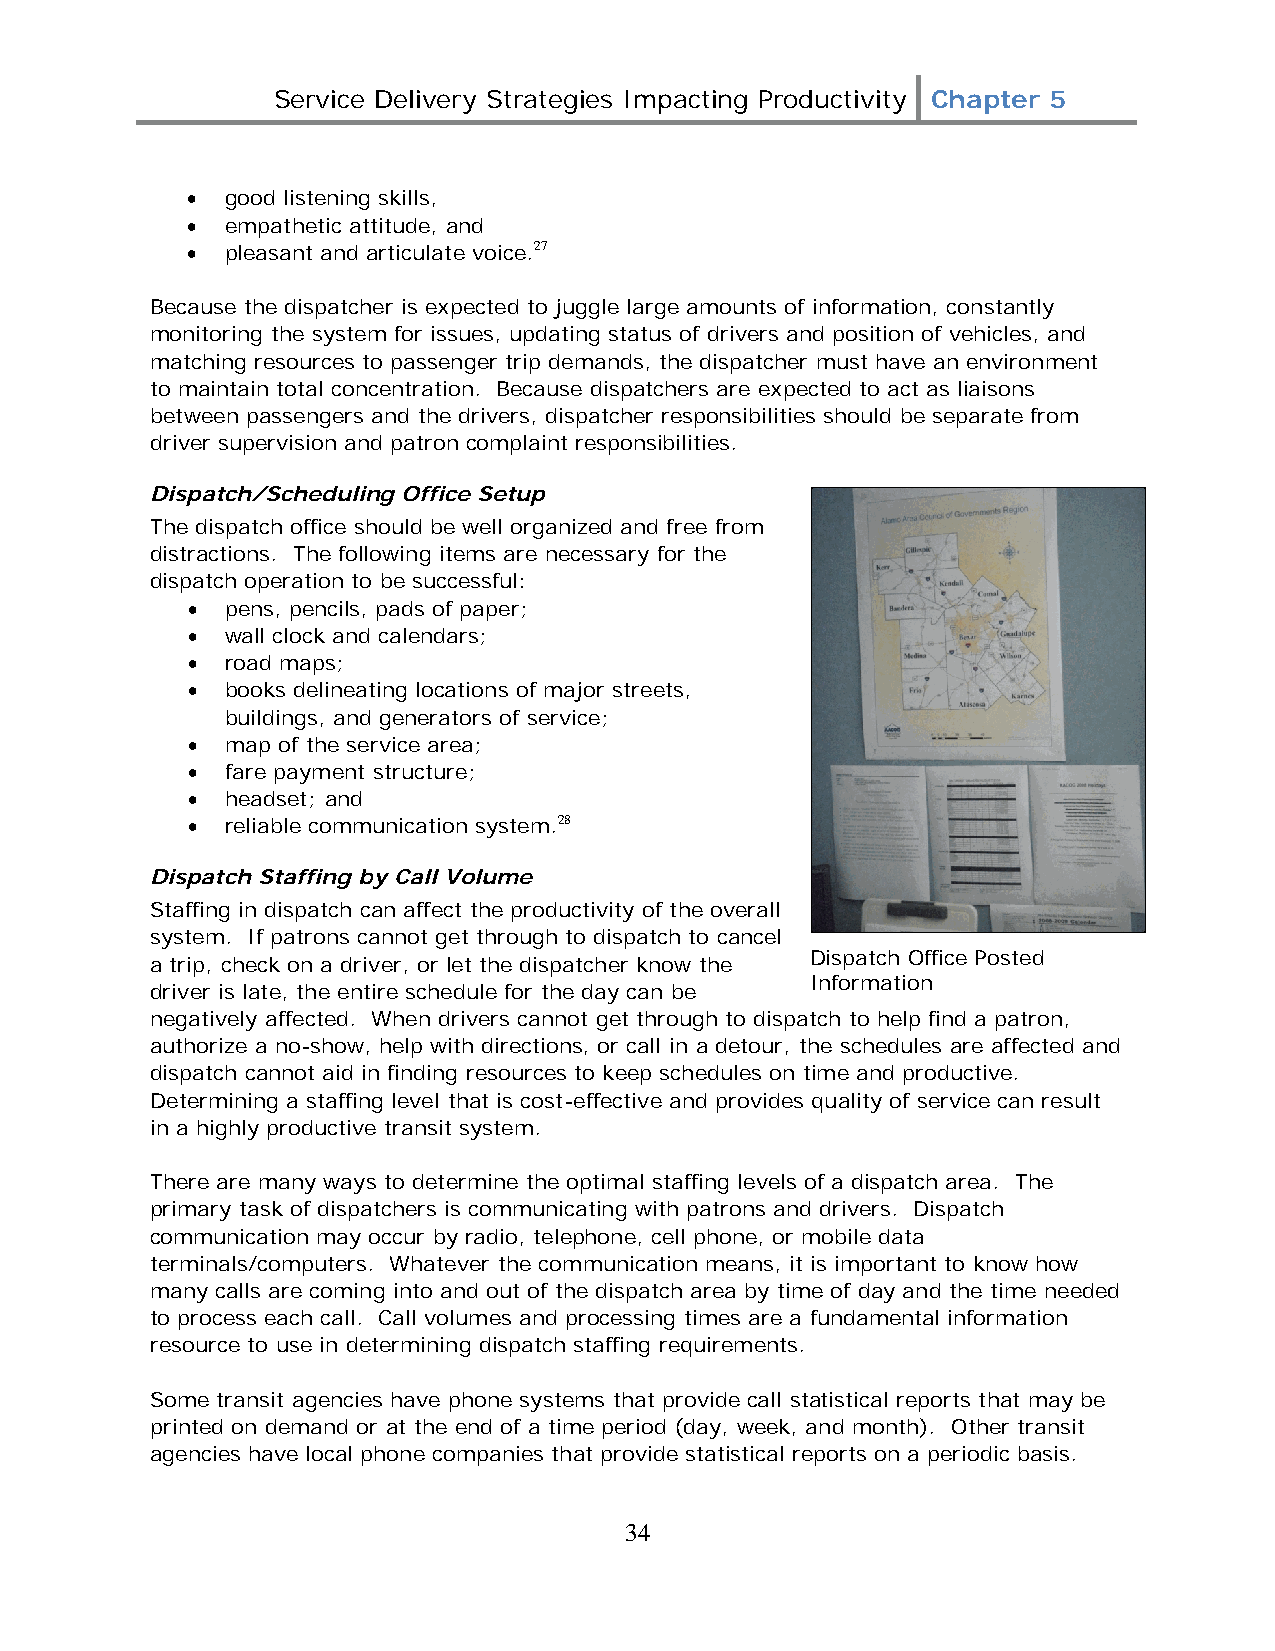
Service Delivery Strategies Impacting Productivity Chapter 5
 •  good listening skills,
 •  empathetic attitude, and
 •  pleasant and articulate voice.27
 Because the dispatcher is expected to juggle large amounts of information, constantly
 monitoring the system for issues, updating status of drivers and position of vehicles, and
 matching resources to passenger trip demands, the dispatcher must have an environment
 to maintain total concentration. Because dispatchers are expected to act as liaisons
 between passengers and the drivers, dispatcher responsibilities should be separate from
 driver supervision and patron complaint responsibilities.
 Dispatch/Scheduling Office Setup
 The dispatch office should be well organized and free from
 distractions. The following items are necessary for the
 dispatch operation to be successful:
 •  pens, pencils, pads of paper;
 •  wall clock and calendars;
 •  road maps;
 •  books delineating locations of major streets,
 buildings, and generators of service;
 •  map of the service area;
 •  fare payment structure;
 •  headset; and
 •  reliable communication system.28
 Dispatch Staffing by Call Volume
 Staffing in dispatch can affect the productivity of the overall
 system. If patrons cannot get through to dispatch to cancel
 Dispatch Office Posted
 a trip, check on a driver, or let the dispatcher know the
 Information
 driver is late, the entire schedule for the day can be
 negatively affected. When drivers cannot get through to dispatch to help find a patron,
 authorize a no-show, help with directions, or call in a detour, the schedules are affected and
 dispatch cannot aid in finding resources to keep schedules on time and productive.
 Determining a staffing level that is cost-effective and provides quality of service can result
 in a highly productive transit system.
 There are many ways to determine the optimal staffing levels of a dispatch area. The
 primary task of dispatchers is communicating with patrons and drivers. Dispatch
 communication may occur by radio, telephone, cell phone, or mobile data
 terminals/computers. Whatever the communication means, it is important to know how
 many calls are coming into and out of the dispatch area by time of day and the time needed
 to process each call. Call volumes and processing times are a fundamental information
 resource to use in determining dispatch staffing requirements.
 Some transit agencies have phone systems that provide call statistical reports that may be
 printed on demand or at the end of a time period (day, week, and month). Other transit
 agencies have local phone companies that provide statistical reports on a periodic basis.
 34